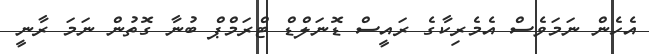
އެހެން ނަމަވެސް އެމެރިކާގެ ރައީސް ޑޮނަލްޑް ޓްރަމްޕް ބުނާ ގޮތުން ނަމަ ރާނީ